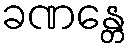
ခဏန္တေ